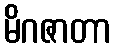
မိဂဇာတာ